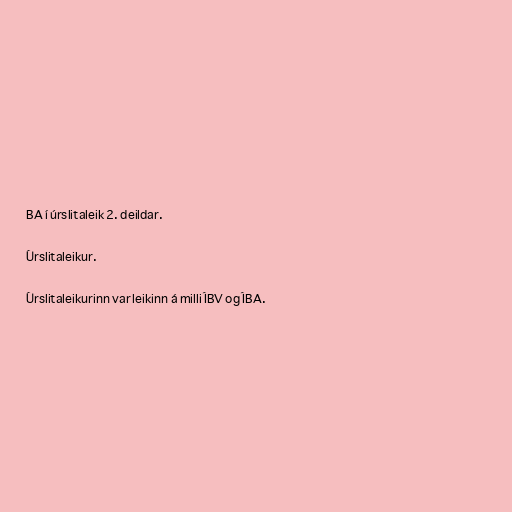
BA í úrslitaleik 2. deildar.

Úrslitaleikur.

Úrslitaleikurinn var leikinn á milli ÍBV og ÍBA.